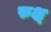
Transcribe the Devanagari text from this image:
रुक्ष्